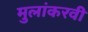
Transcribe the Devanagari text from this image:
मुलांकरवी